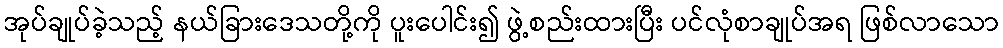
အုပ်ချုပ်ခဲ့သည့် နယ်ခြားဒေသတို့ကို ပူးပေါင်း၍ ဖွဲ့စည်းထားပြီး ပင်လုံစာချုပ်အရ ဖြစ်လာသော